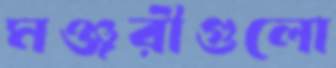
মঞ্জরীগুলো